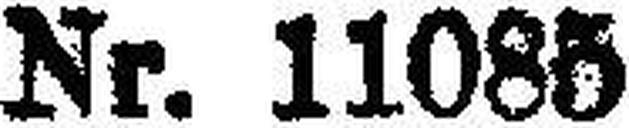
Nr. 11085